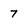
Character: 7